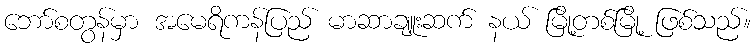
ဘော်စတွန်မှာ အမေရိကန်ပြည် မာဆာချူးဆက် နယ် မြို့တစ်မြို့ ဖြစ်သည်။